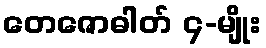
တေဇောဓါတ် ၄-မျိုး